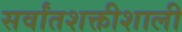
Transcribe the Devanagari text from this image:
सर्वांतशक्तीशाली